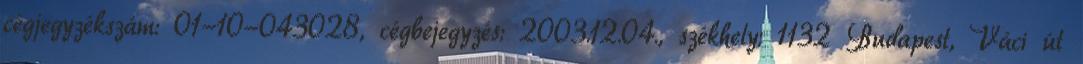
cégjegyzékszám: 01-10-043028, cégbejegyzés: 2003.12.04., székhely: 1132 Budapest, Váci út